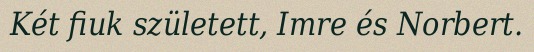
Két fiuk született, Imre és Norbert.